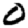
Digit: 0